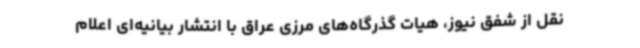
نقل از شفق نیوز، هیات گذرگاه‌های مرزی عراق با انتشار بیانیه‌ای اعلام